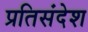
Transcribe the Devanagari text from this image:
प्रतिसंदेश